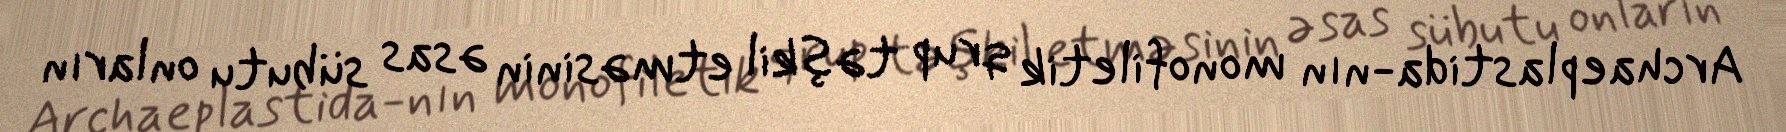
Archaeplastida-nın monofiletik qrup təşkil etməsinin əsas sübutu onların